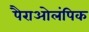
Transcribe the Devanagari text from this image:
पैराओलंपिक